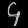
Digit: ၄